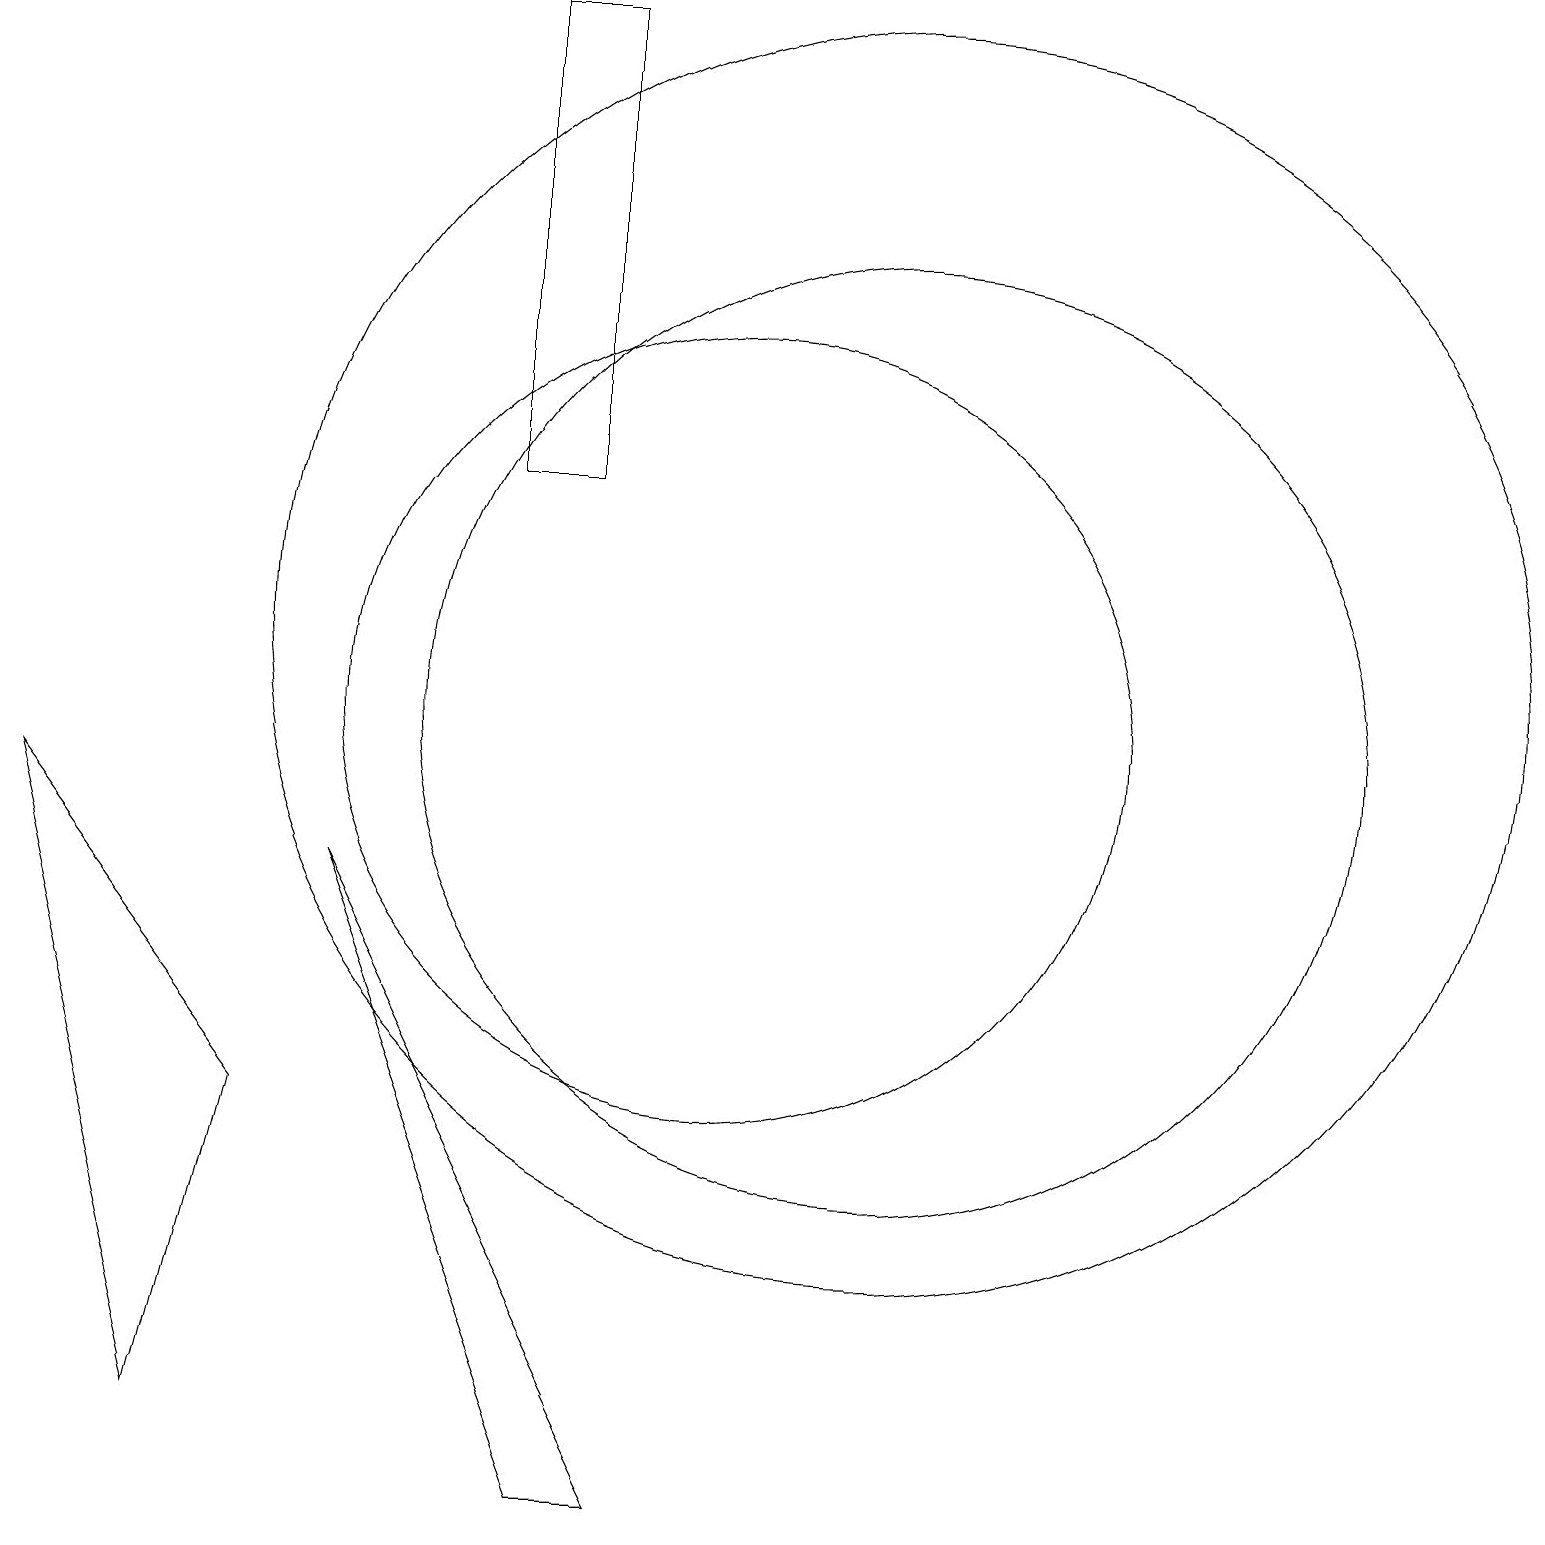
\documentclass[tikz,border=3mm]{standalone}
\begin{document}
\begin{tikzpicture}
\draw (8,0) -- (9,0) -- (5,8) -- cycle;
\draw (12,12) circle (0);
\draw (8,19) rectangle (7,13);
\draw (1,9) -- (4,5) -- (3,1) -- cycle;
\draw (12,10) circle (6);
\draw (10,10) circle (5);
\draw (12,11) circle (8);
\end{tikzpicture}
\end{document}